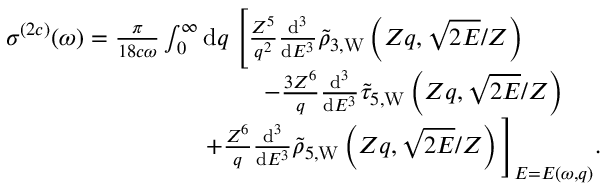
\begin{array} { r } { \sigma ^ { ( 2 c ) } ( \omega ) = \frac { \pi } { 1 8 c \omega } \int _ { 0 } ^ { \infty } \ensuremath { \mathrm { d } } q \; \Biggl [ \frac { Z ^ { 5 } } { q ^ { 2 } } \frac { \ensuremath { \mathrm { d } } ^ { 3 } } { \ensuremath { \mathrm { d } } E ^ { 3 } } \tilde { \rho } _ { 3 , \mathrm { W } } \left( Z q , \sqrt { 2 E } / Z \right) \phantom { x x x x x x x x } } \\ { - \frac { 3 Z ^ { 6 } } { q } \frac { \ensuremath { \mathrm { d } } ^ { 3 } } { \ensuremath { \mathrm { d } } E ^ { 3 } } \tilde { \tau } _ { 5 , \mathrm { W } } \left( Z q , \sqrt { 2 E } / Z \right) \phantom { x x x x x } } \\ { + \frac { Z ^ { 6 } } { q } \frac { \ensuremath { \mathrm { d } } ^ { 3 } } { \ensuremath { \mathrm { d } } E ^ { 3 } } \tilde { \rho } _ { 5 , \mathrm { W } } \left( Z q , \sqrt { 2 E } / Z \right) \Biggl ] _ { E = E ( \omega , q ) } . \; \; \; \; \; } \end{array}